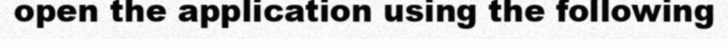
open the application using the following